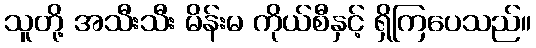
သူတို့ အသီးသီး မိန်းမ ကိုယ်စီနှင့် ရှိကြပေသည်။